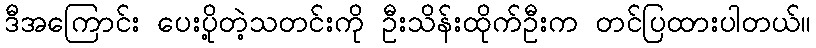
ဒီအကြောင်း ပေးပို့တဲ့သတင်းကို ဦးသိန်းထိုက်ဦးက တင်ပြထားပါတယ်။